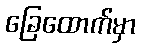
ခြေထောက်မှာ